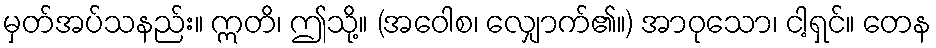
မှတ်အပ်သနည်း။ ဣတိ၊ ဤသို့။ (အဝေါစ၊ လျှောက်၏။) အာဝုသော၊ ငါ့ရှင်။ တေန